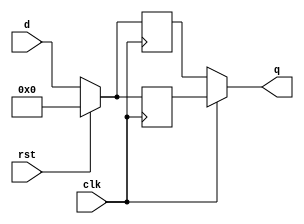
`timescale 1ns / 1ps
//////////////////////////////////////////////////////////////////////////////////
// Company: 
// Engineer: 
// 
// Design Name: 
// Module Name: Dual_edge_trigger_ff
// Project Name: 
// Target Devices: 
// Tool Versions: 
// Description: 
// 
// Dependencies: 
// 
// Revision:
// Revision 0.01 - File Created
// Additional Comments:
// 
//////////////////////////////////////////////////////////////////////////////////


module Dual_edge_trigger_ff(q,d,clk,rst);
input clk,rst;
input [3:0]d;
output [3:0]q;
reg [3:0]q1,q2;

assign q=clk?q1:q2;
always @(posedge clk)
if(rst) 
q1<=3'b0;
else
q1<=d;

always @(negedge clk) 
if(rst) 
q2<=3'b0;
else
q2<=d;
endmodule